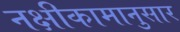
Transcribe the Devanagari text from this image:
नक्षीकामानुसार